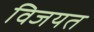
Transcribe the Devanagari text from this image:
विजयत